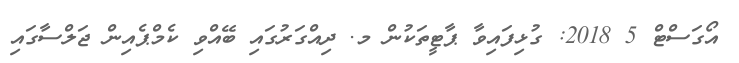
އޯގަސްޓް 5 2018: ގުޅިފައިވާ ޕާޓީތަކުން މ. ދިއްގަރުގައި ބޭއްވި ކެމްޕެއިން ޖަލްސާގައި